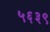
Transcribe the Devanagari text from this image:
५६३९